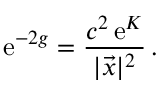
\mathrm { e } ^ { - 2 g } = { \frac { c ^ { 2 } \, \mathrm { e } ^ { { \cal K } } } { | \vec { x } | ^ { 2 } } } \, .